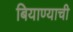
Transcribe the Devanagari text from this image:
बियाण्याची